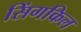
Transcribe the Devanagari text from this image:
सिंगकिल